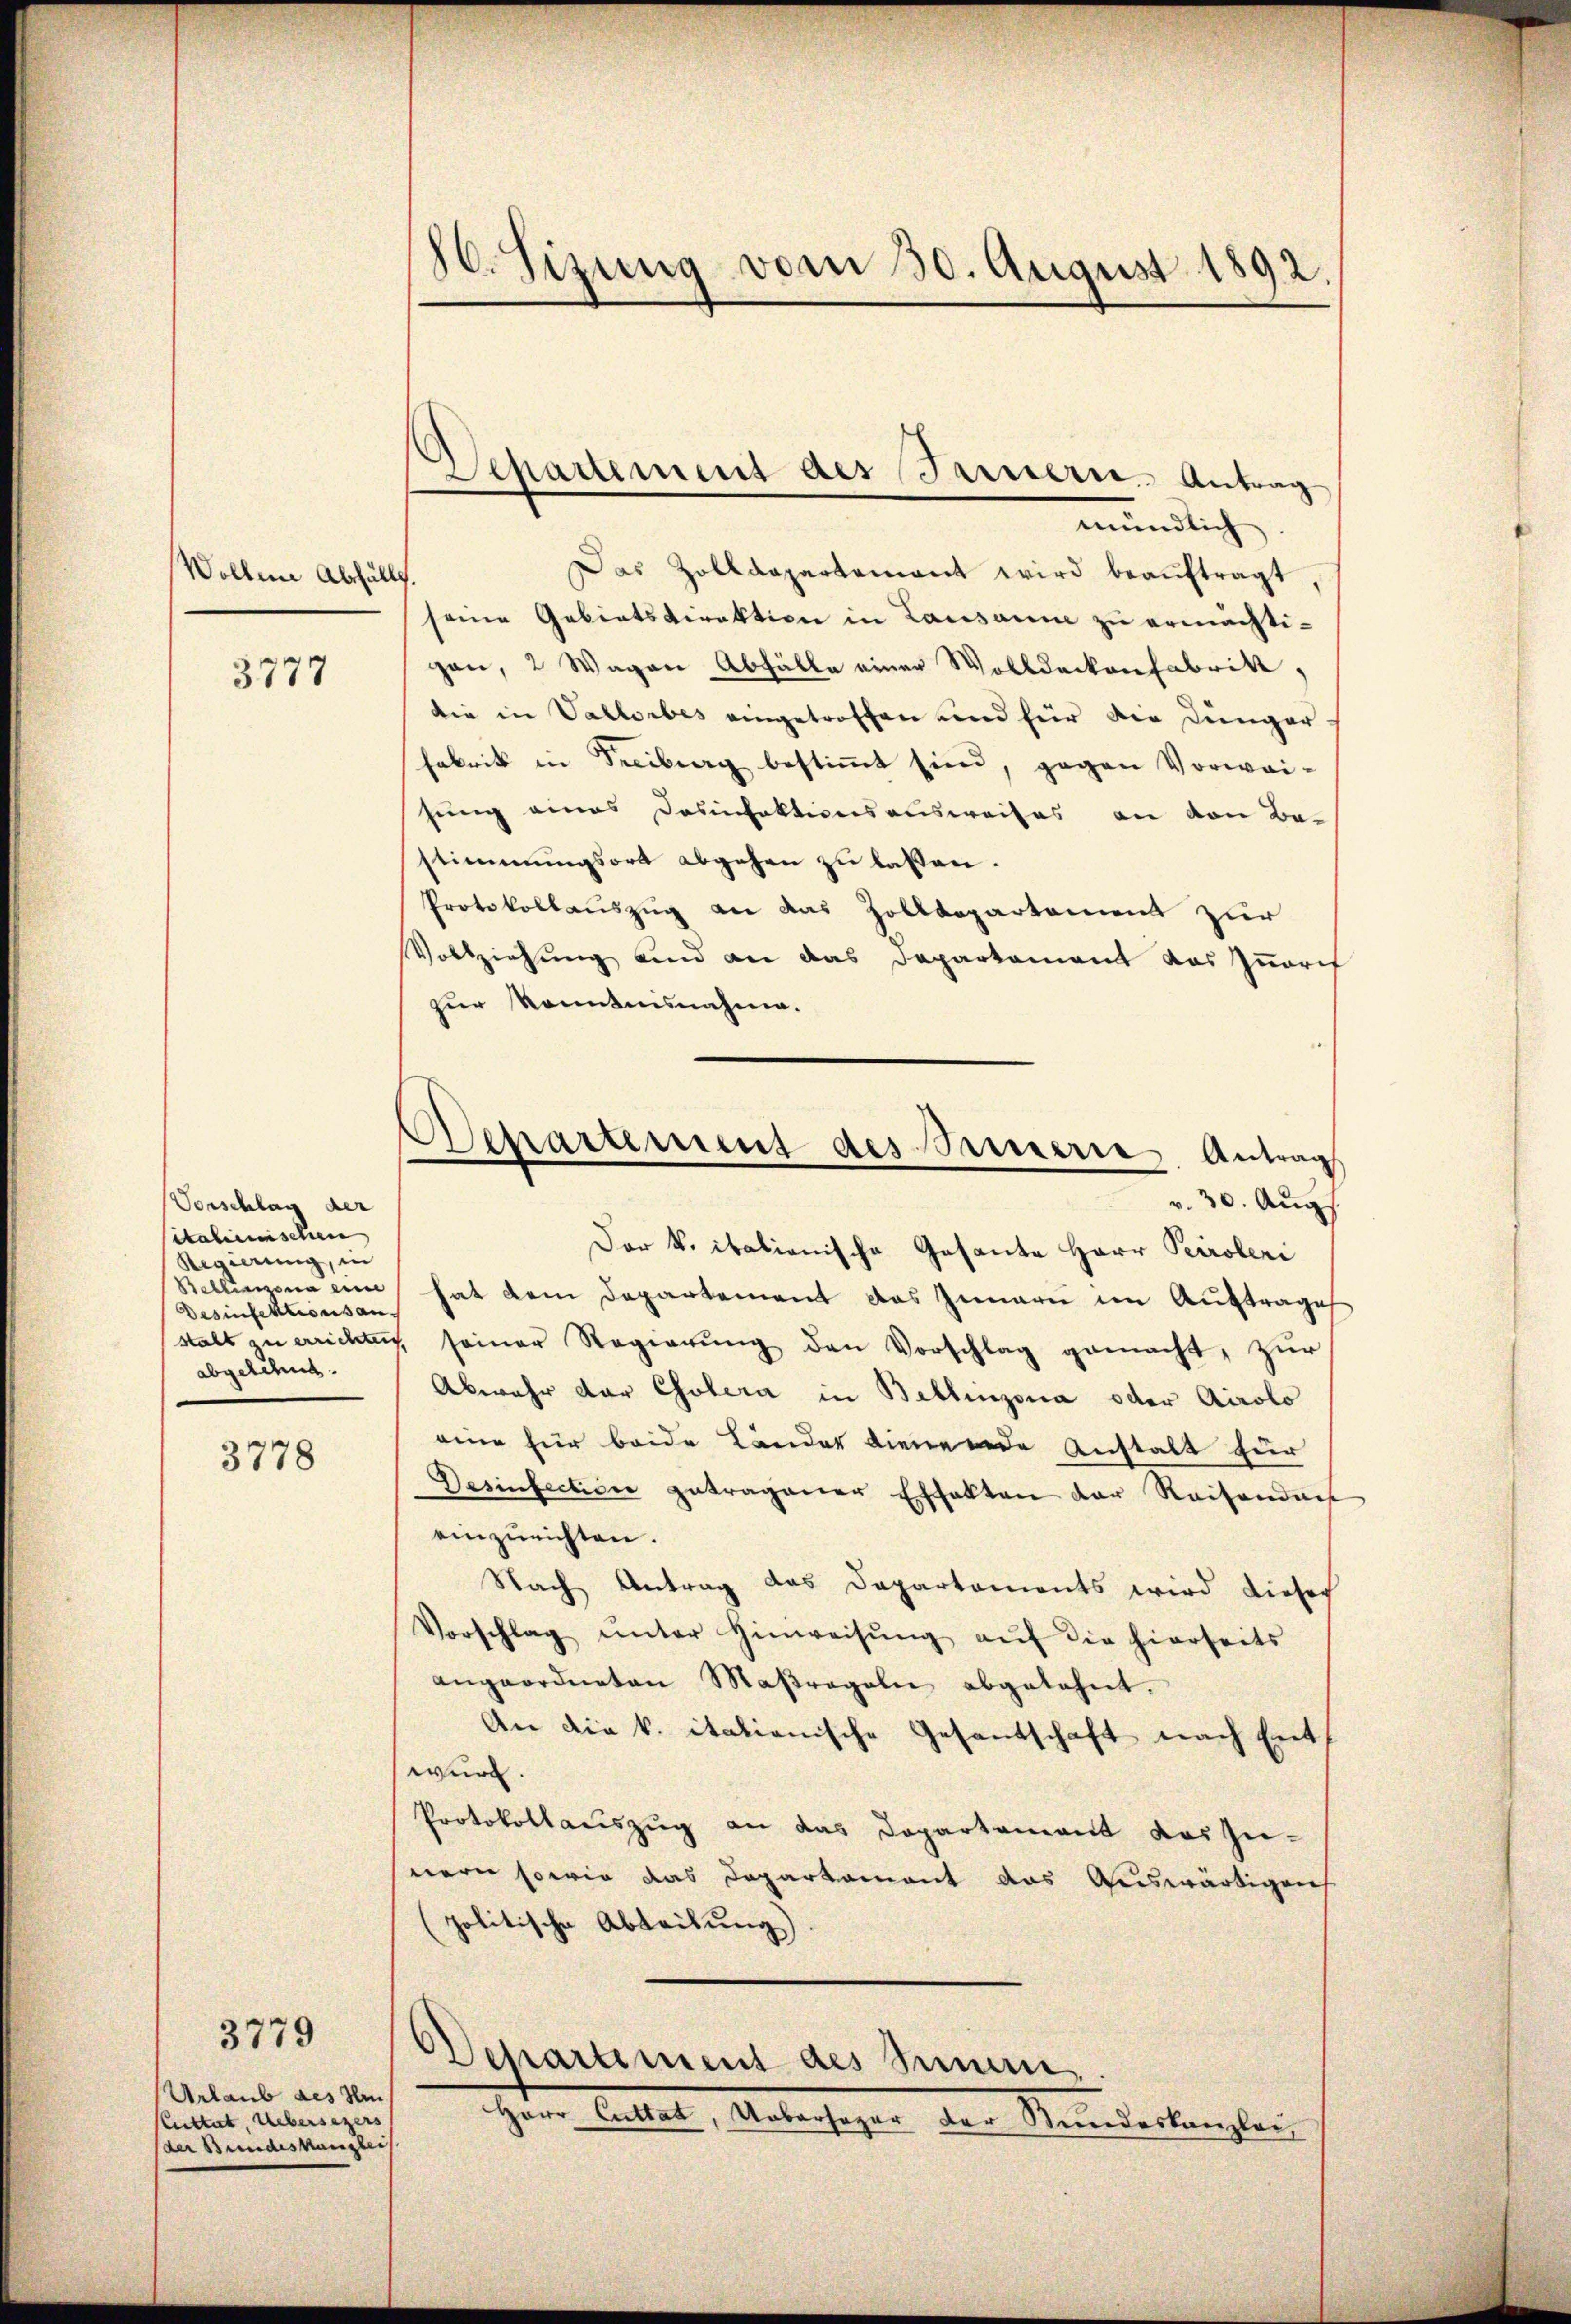
Wollene Abfällt.

3777

Vorschlag der
italienischen
Regierung, in
Bellinzona eine
Desinfektionis an
abgelehnt.

3778

3779
Urlaub des Um
Kuttert, Uebersezers
der Bundeskanzlei

80. Sizung vom 30. August 1892.

Das Zolldepartement wird beaŭftragt
seine Gebietsdirektion in Lausaum zu ermächtigen, 2 Wagen Abfälle einer Wolldeckenfabrik,
die in Vallorbes eingetroffen und für die Jünger-
Fabrik in Freiburg bestimmt sind, gegen Vorwei-
hung eines Dosifaktionsausweises an von Be-
stimmungsort abgehen zu laßen.
Protokollauszug an das Zolldepartement zur
Vollziehung und an das Departament das Zugrif
zur Kenntnisnahme.
Der v. italienische Gesante Herr Peroleri
hat dem Departement das Innarie im Auftrage
stalt zu errichten seiner Regierŭng den Vorschlag gemacht, zŭr
Abwehr der Cholera in Bellinzona oder Airolo
eine für beide Länder dienende Anstalt für
8
Desinfection getragener Effekten der Reisenden
einzurichten.
Nach Antrag das Departements wird dieser
Vorschlag ŭnter Hinweisŭng aŭf die hierseits
angeordneten Maßregelne abgelehnt.
An die k. italienische Gesandschaft nach Entwurd.
Protokollauszug an das Departement das Zu-
nern sowie das Departament das Auswärtigen
(politische Abteilung)

Separtement des Bernern Antrag
mündlich

Separtement des Serie. Antrag
v. 30. Aug.

chartement des Semen
Herr Cuttat, Uebersager der Stundeskanzlei,